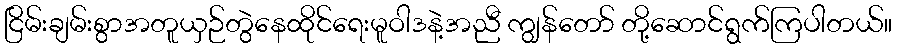
ငြိမ်းချမ်းစွာအတူယှဉ်တွဲနေထိုင်ရေးမူဝါဒနဲ့အညီ ကျွန်တော် တို့ဆောင်ရွက်ကြပါတယ်။